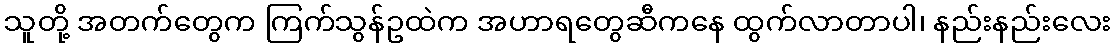
သူတို့ အတက်တွေက ကြက်သွန်ဥထဲက အဟာရတွေဆီကနေ ထွက်လာတာပါ၊ နည်းနည်းလေး